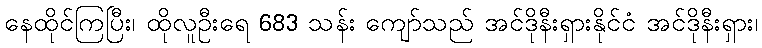
နေထိုင်ကြပြီး၊ ထိုလူဦးရေ 683 သန်း ကျော်သည် အင်ဒိုနီးရှားနိုင်ငံ အင်ဒိုနီးရှား၊